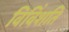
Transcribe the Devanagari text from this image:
विविंशति